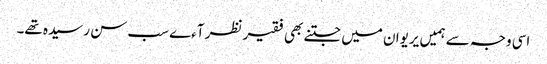
اسی وجہ سے ہمیں یریوان میں جتنے بھی فقیر نظر آءے سب سن رسیدہ تھے۔